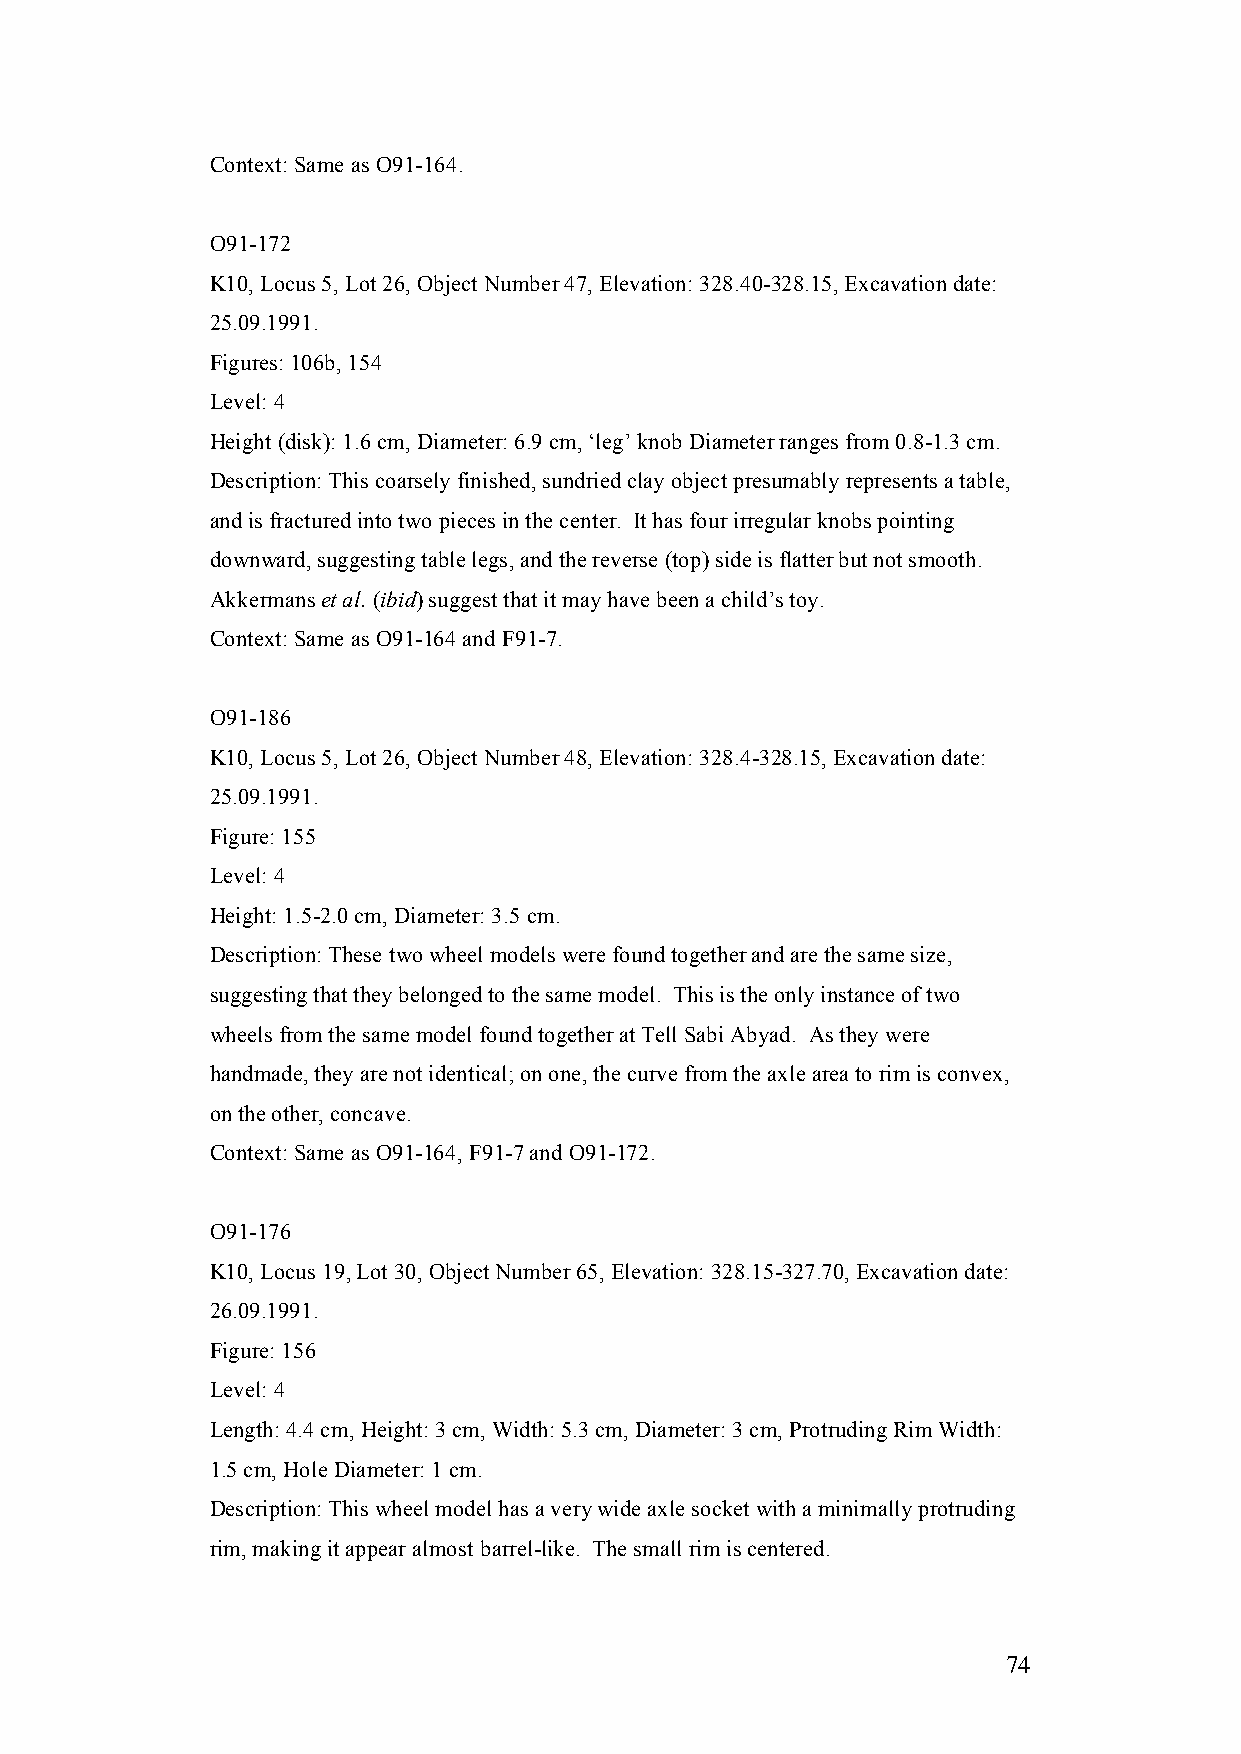
Context: Same as O91-164.
 O91-172
 K10, Locus 5, Lot 26, Object Number 47, Elevation: 328.40-328.15, Excavation date:
 25.09.1991.
 Figures: 106b, 154
 Level: 4
 Height (disk): 1.6 cm, Diameter: 6.9 cm, ‘leg’ knob Diameter ranges from 0.8-1.3 cm.
 Description: This coarsely finished, sundried clay object presumably represents a table,
 and is fractured into two pieces in the center. It has four irregular knobs pointing
 downward, suggesting table legs, and the reverse (top) side is flatter but not smooth.
 Akkermans et al. (ibid) suggest that it may have been a child’s toy.
 Context: Same as O91-164 and F91-7.
 O91-186
 K10, Locus 5, Lot 26, Object Number 48, Elevation: 328.4-328.15, Excavation date:
 25.09.1991.
 Figure: 155
 Level: 4
 Height: 1.5-2.0 cm, Diameter: 3.5 cm.
 Description: These two wheel models were found together and are the same size,
 suggesting that they belonged to the same model. This is the only instance of two
 wheels from the same model found together at Tell Sabi Abyad. As they were
 handmade, they are not identical; on one, the curve from the axle area to rim is convex,
 on the other, concave.
 Context: Same as O91-164, F91-7 and O91-172.
 O91-176
 K10, Locus 19, Lot 30, Object Number 65, Elevation: 328.15-327.70, Excavation date:
 26.09.1991.
 Figure: 156
 Level: 4
 Length: 4.4 cm, Height: 3 cm, Width: 5.3 cm, Diameter: 3 cm, Protruding Rim Width:
 1.5 cm, Hole Diameter: 1 cm.
 Description: This wheel model has a very wide axle socket with a minimally protruding
 rim, making it appear almost barrel-like. The small rim is centered.
 74